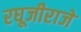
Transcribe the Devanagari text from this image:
रघूजीराजे